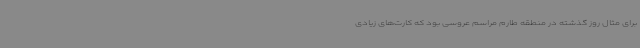
برای مثال روز گذشته در منطقه طارم مراسم عروسی بود که کارت‌های زیادی